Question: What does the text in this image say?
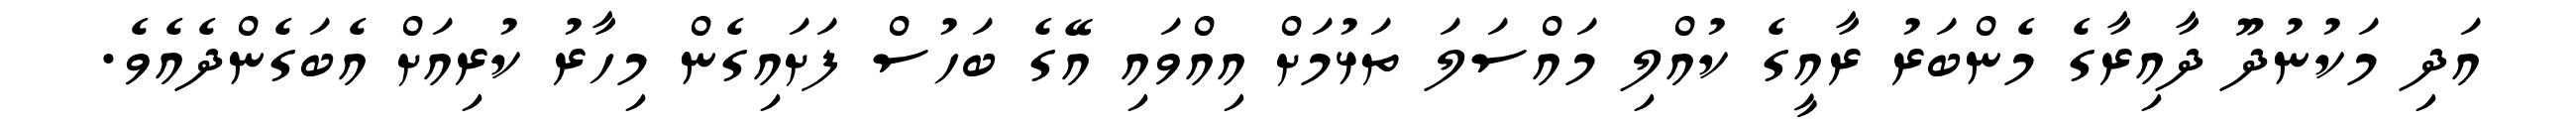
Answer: އަދި މަކުނުދޫ ދާއިރާގެ މެންބަރު ރާއީގެ ކުއްލި މައްސަލަ ތަޅުމަށް އިއްވައި އޭގެ ބަހުސް ފަށައިގެން މިހާރު ކުރިއަށް އެބަގެންދެއެވެ.